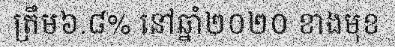
ត្រឹម៦.៨% នៅឆ្នាំ២០២០ ខាងមុខ